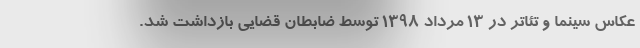
عکاس سینما و تئاتر در ۱۳ مرداد ۱۳۹۸ توسط ضابطان قضایی بازداشت شد.